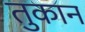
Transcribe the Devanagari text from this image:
तुकान